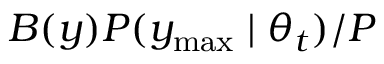
B ( y ) P ( y _ { \mathrm { m a x } } \mid \theta _ { t } ) / P